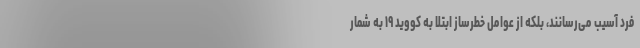
فرد آسیب می‌رسانند، بلکه از عوامل خطرساز ابتلا به کووید ۱۹ به شمار